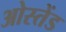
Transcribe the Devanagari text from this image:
ओस्तेंड